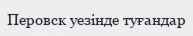
Перовск уезінде туғандар